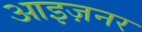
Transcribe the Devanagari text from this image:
आइज़नर